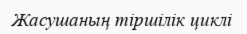
Жасушаның тіршілік циклі